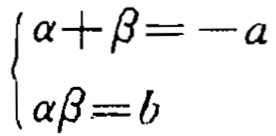
\[\begin{cases}
\alpha+\beta=-a \\
\alpha\beta = b
\end{cases}\]